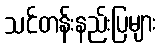
သင်တန်းနည်းပြများ